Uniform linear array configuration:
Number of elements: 48
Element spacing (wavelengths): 0.25
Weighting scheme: blackman
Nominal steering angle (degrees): -30
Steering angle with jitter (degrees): -28.752
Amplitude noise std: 0.05
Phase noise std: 0.05

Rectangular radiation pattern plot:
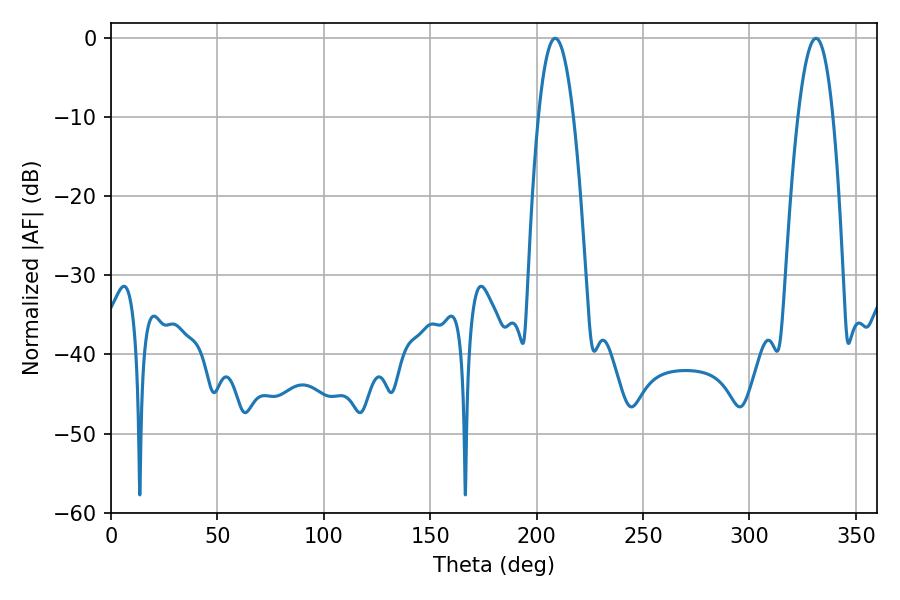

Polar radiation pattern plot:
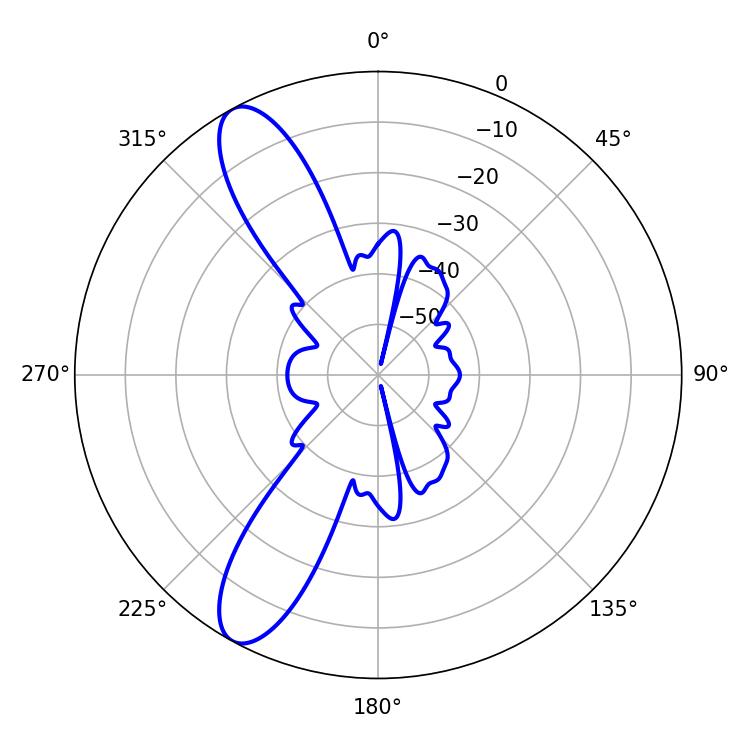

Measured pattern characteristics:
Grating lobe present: FALSE
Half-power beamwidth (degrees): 9
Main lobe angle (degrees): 208.8